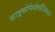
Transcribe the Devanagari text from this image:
साइकोपेथोलॉजिकल